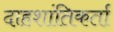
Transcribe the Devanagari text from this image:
दाहशांतिकर्ता